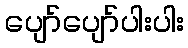
ပျော်ပျော်ပါးပါး